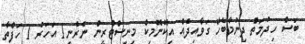
ބަސް ހިދުމަތް ދިނުމާބެހޭ ގަވާއިދެއް އިކޮނޮމިކް މިނިސްޓްރީން ނެރެނީ1 އަހަރު 1 ހަފްތާ